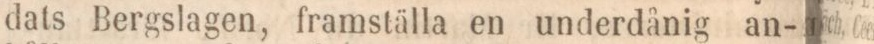
dats Bergslagen, framställa en underdånig an-